Civil Veterinary Department ledger series I-VI
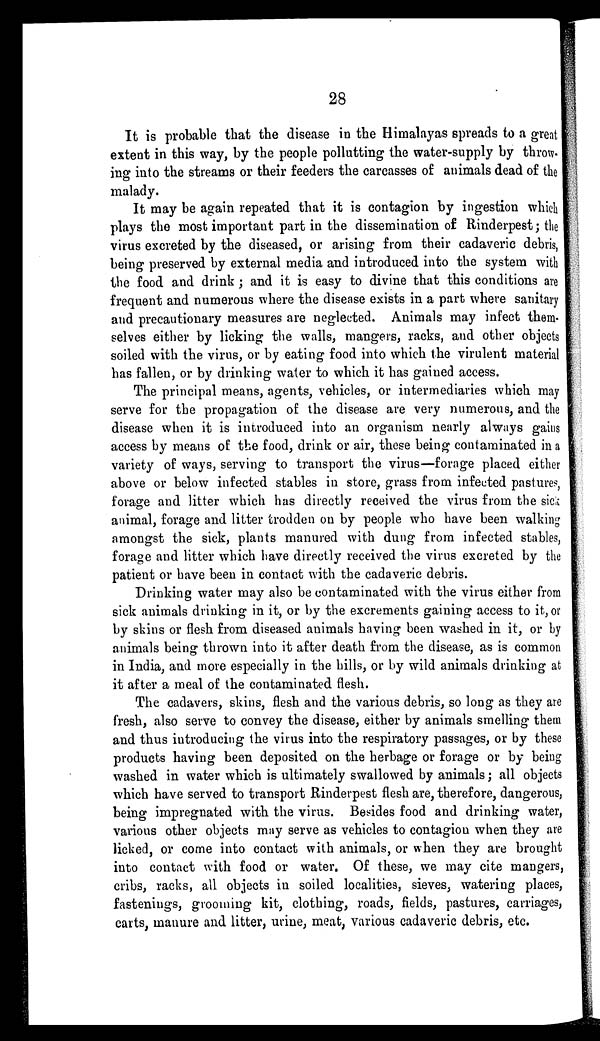
28
It is probable that the disease in the Himalayas spreads to a great
extent in this way, by the people pollutting the water-supply by throw-
ing into the streams or their feeders the carcasses of animals dead of the
malady.
It may be again repeated that it is contagion by ingestion which
plays the most important part in the dissemination of Rinderpest; the
virus excreted by the diseased, or arising from their cadaveric debris,
being preserved by external media and introduced into the system with
the food and drink ; and it is easy to divine that this conditions are
frequent and numerous where the disease exists in a part where sanitary
and precautionary measures are neglected. Animals may infect them-
selves either by licking the walls, mangers, racks, and other objects
soiled with the virus, or by eating food into which the virulent material
has fallen, or by drinking water to which it has gained access.
The principal means, agents, vehicles, or intermediaries which may
serve for the propagation of the disease are very numerous, and the
disease when it is introduced into an organism nearly always gains
access by means of the food, drink or air, these being contaminated in a
variety of ways, serving to transport the virus—forage placed either
above or below infected stables in store, grass from infected pastures,
forage and litter which has directly received the virus from the sick
animal, forage and litter trodden on by people who have been walking
amongst the sick, plants manured with dung from infected stables,
forage and litter which have directly received the virus excreted by the
patient or have been in contact with the cadaveric debris.
Drinking water may also be contaminated with the virus either from
sick animals drinking in it, or by the excrements gaining access to it, or
by skins or flesh from diseased animals having been washed in it, or by
animals being thrown into it after death from the disease, as is common
in India, and more especially in the hills, or by wild animals drinking at
it after a meal of the contaminated flesh.
The cadavers, skins, flesh and the various debris, so long as they are
fresh, also serve to convey the disease, either by animals smelling them
and thus introducing the virus into the respiratory passages, or by these
products having been deposited on the herbage or forage or by being
washed in water which is ultimately swallowed by animals; all objects
which have served to transport Rinderpest flesh are, therefore, dangerous,
being impregnated with the virus. Besides food and drinking water,
various other objects may serve as vehicles to contagion when they are
licked, or come into contact with animals, or when they are brought
into contact with food or water. Of these, we may cite mangers,
cribs, racks, all objects in soiled localities, sieves, watering places,
fastenings, grooming kit, clothing, roads, fields, pastures, carriages,
carts, manure and litter, urine, meat, various cadaveric debris, etc.